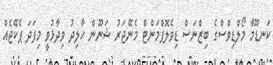
ކަނޑޫމާ މޯލްޑިވްސްގެ ބިޒްނަސް ޑިވެލޮޕްމަންޓް މެނޭޖަރު ޝަނޫން ހާލިދު ވިދާޅުވީ މިފަދަ ޕެކޭޖެއް